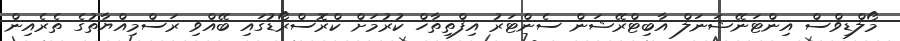
މޯލްޑިވްސް އިންޓަނޭޝަނަލް އާބިޓްރޭޝަން ސެންޓަރު އިފްތިތާހް ކުރުމަށް ކްރޮސްރޯޑުގައި ބޭއްވި ރަސްމިއްޔާތުގެ ތެރެއިން